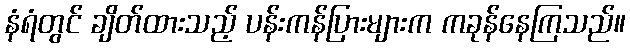
နံရံတွင် ချိတ်ထားသည့် ပန်းကန်ပြားများက ကခုန်နေကြသည်။